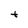
Character: t